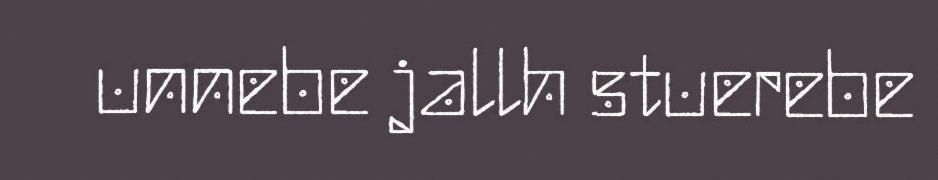
unnebe jallh stuerebe